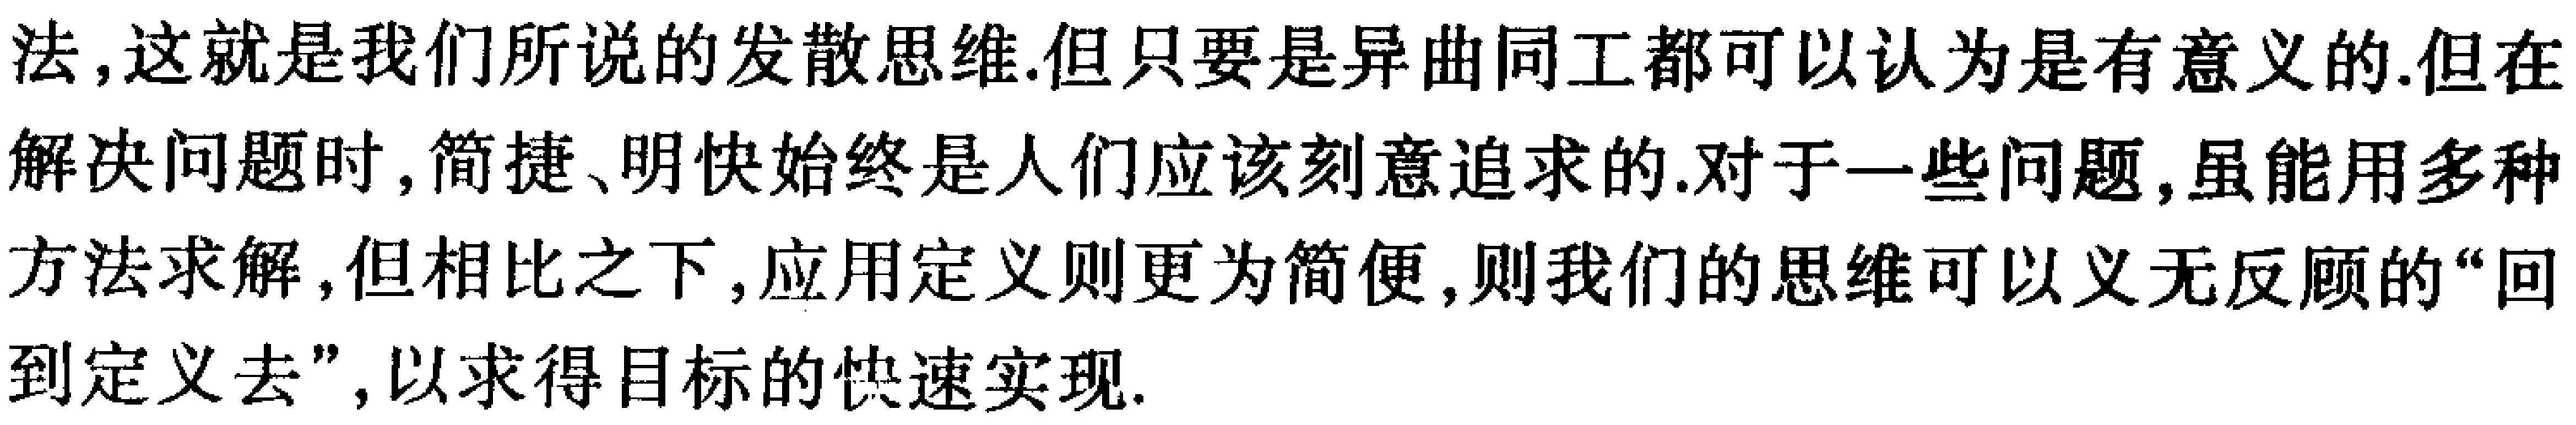
法,这就是我们所说的发散思维.但只要是异曲同工都可以认为是有意义的.但在解决问题时,简捷、明快始终是人们应该刻意追求的.对于一些问题,虽能用多种方法求解,但相比之下,应用定义则更为简便,则我们的思维可以义无反顾的“回到定义去”,以求得目标的快速实现.